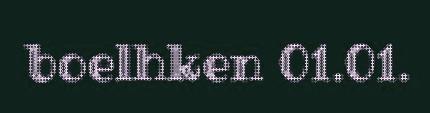
boelhken 01.01.